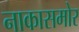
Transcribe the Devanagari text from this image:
नाकासमोर